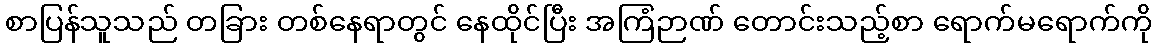
စာပြန်သူသည် တခြား တစ်နေရာတွင် နေထိုင်ပြီး အကြံဉာဏ် တောင်းသည့်စာ ရောက်မရောက်ကို